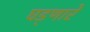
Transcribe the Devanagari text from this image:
घड्णारे